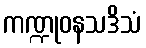
ကဏ္ဍုဝနသဒိသံ